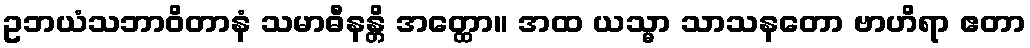
ဥဘယံသဘာဝိတာနံ သမာဓီနန္တိ အတ္ထော။ အထ ယသ္မာ သာသနတော ဗာဟိရာ ဧတာ